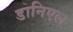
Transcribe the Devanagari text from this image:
डानिएल